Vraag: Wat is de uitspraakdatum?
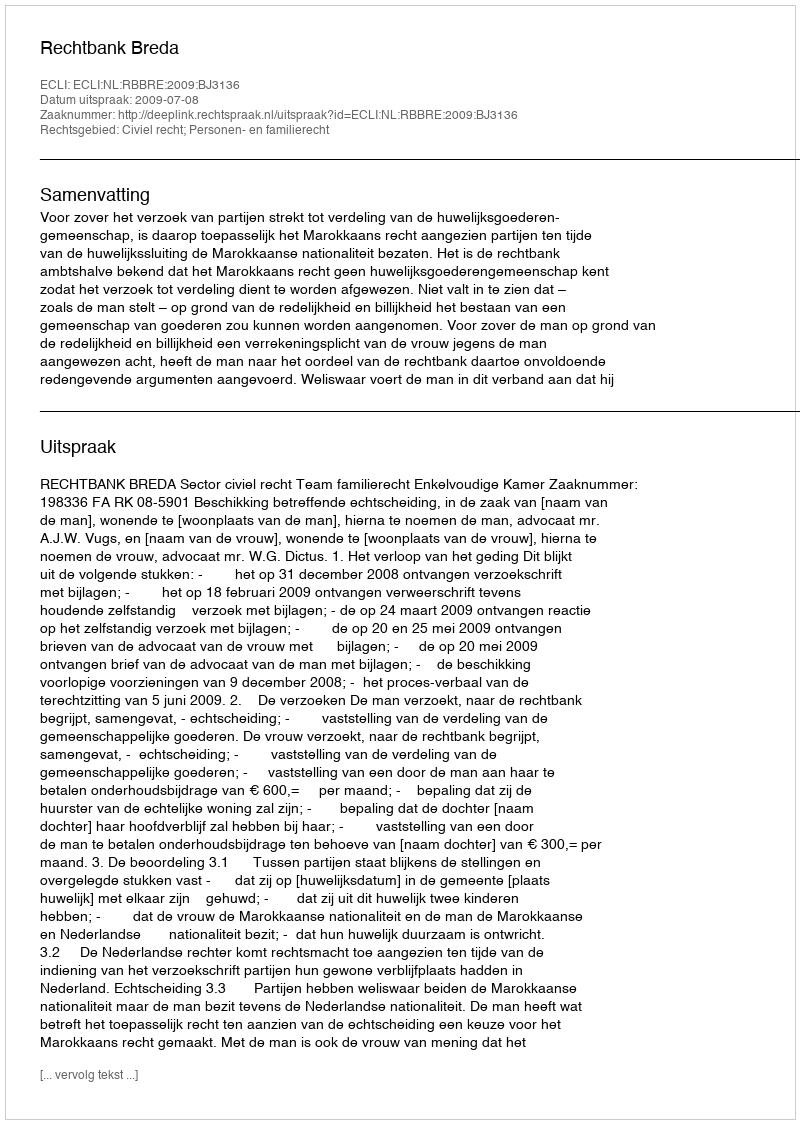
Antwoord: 2009-07-08